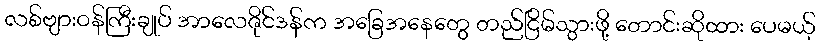
လစ်ဗျားဝန်ကြီးချုပ် အာလေဇိုင်ဒန်က အခြေအနေတွေ တည်ငြိမ်သွားဖို့ တောင်းဆိုထား ပေမယ့်